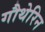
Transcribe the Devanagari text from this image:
गौथेरिन